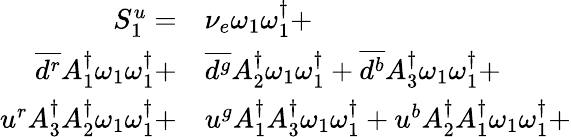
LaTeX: \begin{array}{rl}{S_{1}^{u}=}&{{}{\nu_{e}}\omega_{1}\omega_{1}^{\dagger}+}\\ {\overline{{d^{r}}}{A_{1}^{\dagger}}\omega_{1}\omega_{1}^{\dagger}+}&{{}\overline{{d^{g}}}{A_{2}^{\dagger}}\omega_{1}\omega_{1}^{\dagger}+\overline{{d^{b}}}{A_{3}^{\dagger}}\omega_{1}\omega_{1}^{\dagger}+}\\ {u^{r}{A_{3}^{\dagger}}{A_{2}^{\dagger}}\omega_{1}\omega_{1}^{\dagger}+}&{{}u^{g}{A_{1}^{\dagger}}{A_{3}^{\dagger}}\omega_{1}\omega_{1}^{\dagger}+u^{b}{A_{2}^{\dagger}}{A_{1}^{\dagger}}\omega_{1}\omega_{1}^{\dagger}+}\end{array}